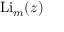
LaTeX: \operatorname { L i } _ { m } ( z )